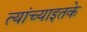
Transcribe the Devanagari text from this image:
त्यांच्याइतके